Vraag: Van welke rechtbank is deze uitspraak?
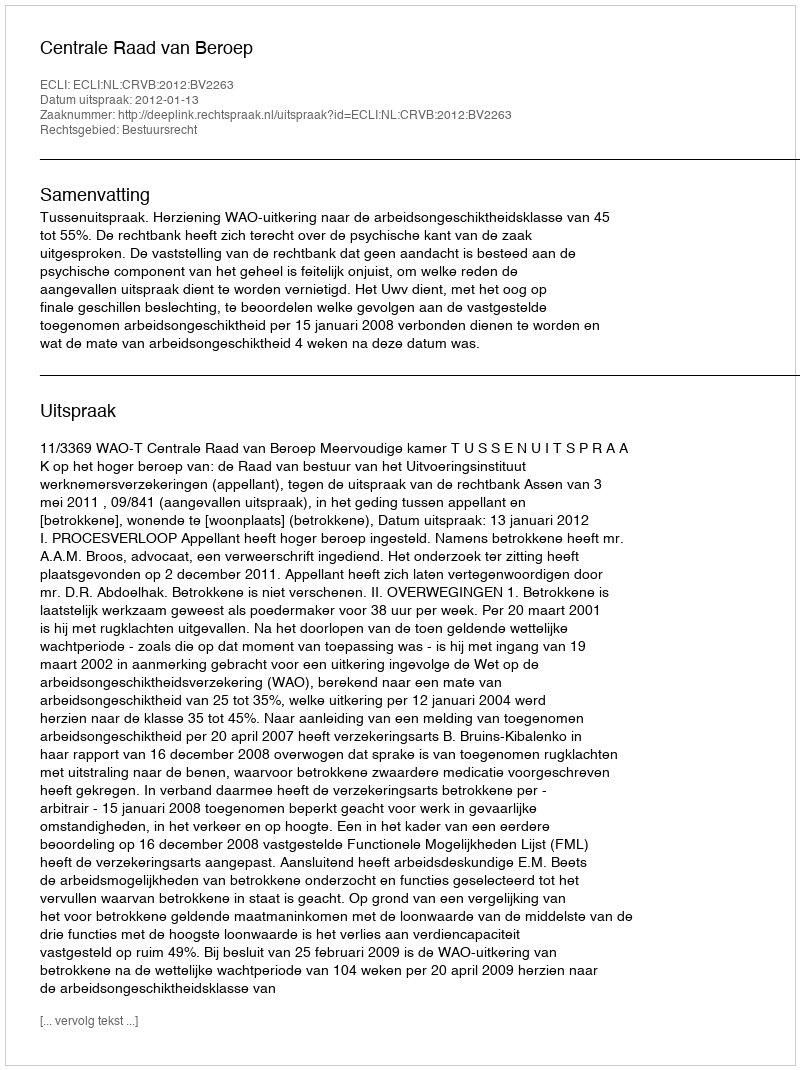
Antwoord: Centrale Raad van Beroep